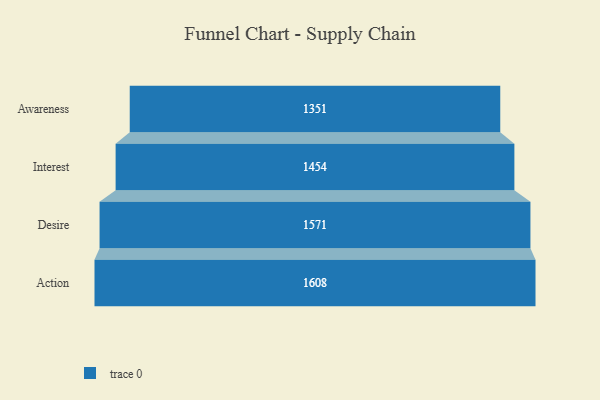
{"axis": {"x": "Stage", "y": "Value"}, "legend": [""], "data": [{"x": "Awareness", "y": 1351.0, "type": ""}, {"x": "Interest", "y": 1454.0, "type": ""}, {"x": "Desire", "y": 1571.0, "type": ""}, {"x": "Action", "y": 1608.0, "type": ""}]}